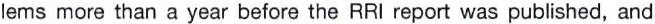
lems more than a year before the RRI report was published, and